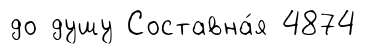
до душу Составна́я 4874